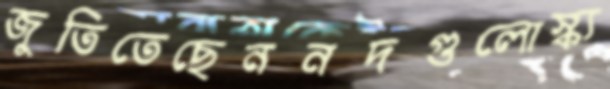
জুতিতেছেননদগুলোস্ক্য